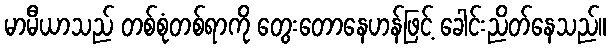
မာမီယာသည် တစ်စုံတစ်ရာကို တွေးတောနေဟန်ဖြင့် ခေါင်းညိတ်နေသည်။